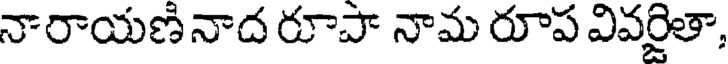
నారాయణినాద రూపా నామ రూప వివర్జితా,